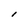
Character: l